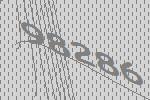
98286